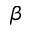
\beta